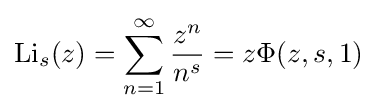
{\textrm {Li}}_{s}(z)=\sum _{n=1}^{\infty }{\frac {z^{n}}{n^{s}}}=z\Phi (z,s,1)